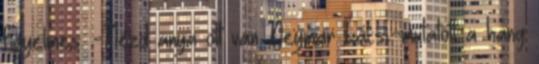
figyelmes. -Nézd anya ott van Neymar bácsi.-mutatott a hang